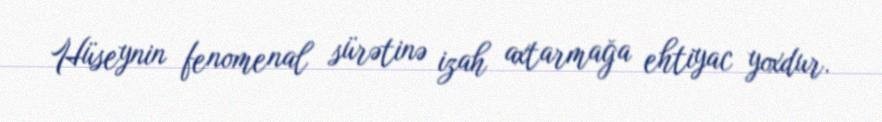
Hüseynin fenomenal sürətinə izah axtarmağa ehtiyac yoxdur.